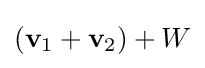
\left(\mathbf {v} _{1}+\mathbf {v} _{2}\right)+W